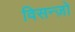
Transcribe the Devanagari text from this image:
विसन्ज़ो